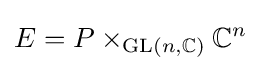
E=P\times _{\operatorname {GL} (n,\mathbb {C} )}\mathbb {C} ^{n}